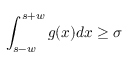
\displaystyle \int _ { s - w } ^ { s + w } g ( x ) d x \ge \sigma